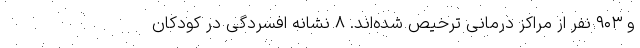
و ۹۰۳ نفر از مراکز درمانی ترخیص شده‌اند. ۸ نشانه افسردگی در کودکان